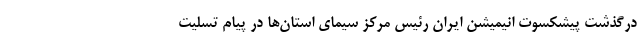
درگذشت پیشکسوت انیمیشن ایران رئیس مرکز سیمای استان‌ها در پیام تسلیت